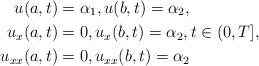
LaTeX: \begin{align*}u(a,t)&=\alpha_1, u(b,t)=\alpha_2,\\u_x(a,t)&=0, u_x(b,t)=\alpha_2, t\in (0,T],\\u_{xx}(a,t)&=0, u_{xx}(b,t)=\alpha_2\end{align*}